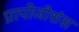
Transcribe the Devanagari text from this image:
प्रापोजीशंस